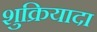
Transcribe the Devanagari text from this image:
शुक्रियादा